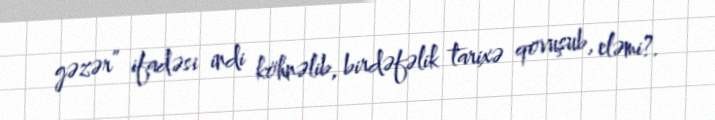
gəzər” ifadəsi indi köhnəlib, birdəfəlik tarixə qovuşub, eləmi?.